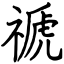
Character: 禠